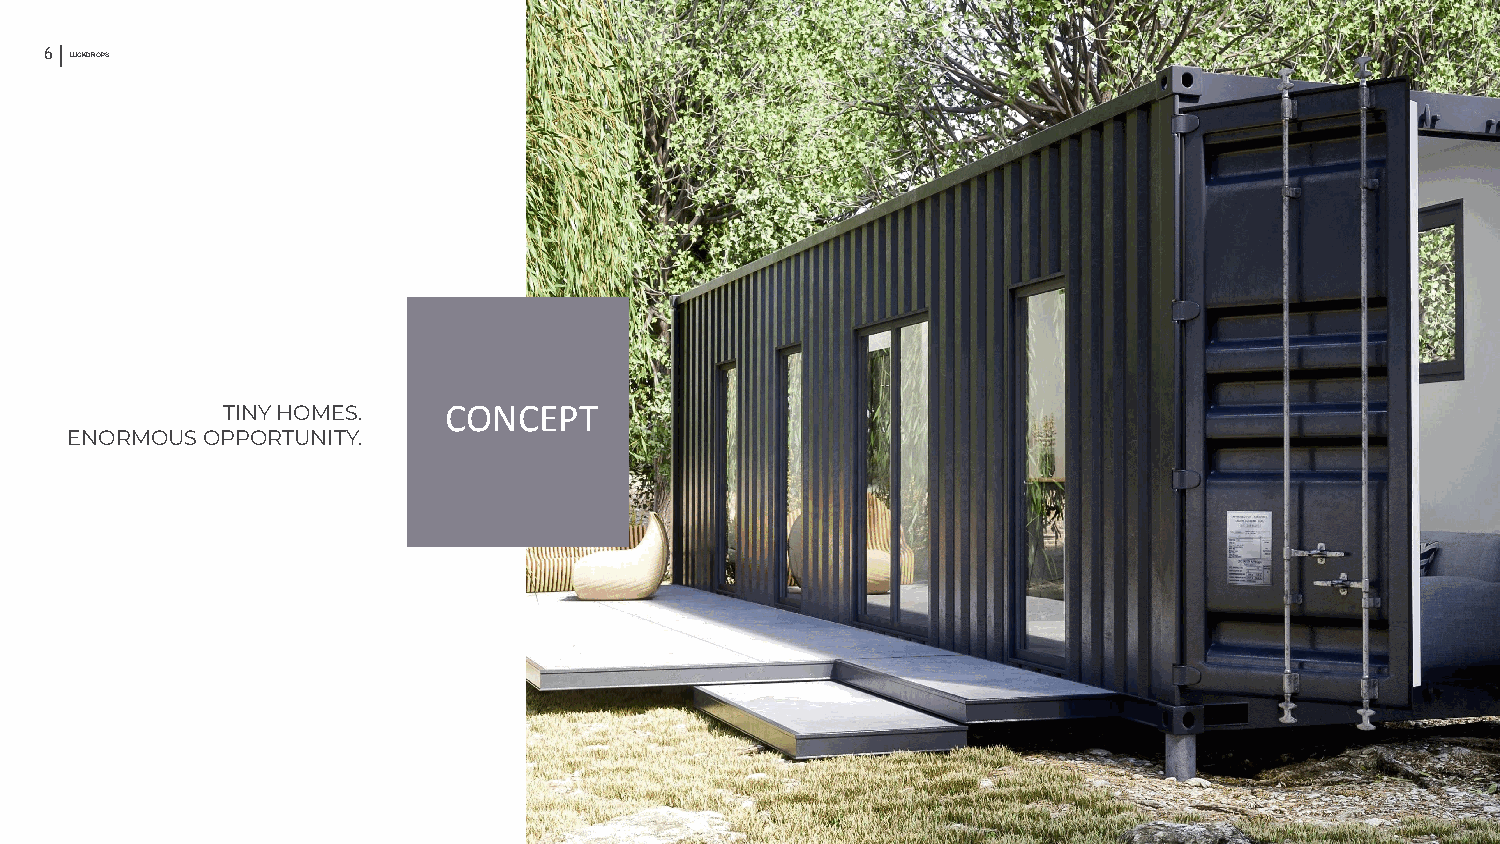
6 LUCKDROPS                                                                                  7
 TINY HOMES.   CONCEPT
 ENORMOUS OPPORTUNITY.